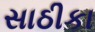
સાઠીકા